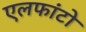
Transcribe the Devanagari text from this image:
एलफांटो